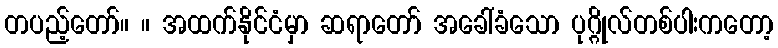
တပည့်တော်။ ။ အထက်နိုင်ငံမှာ ဆရာတော် အခေါ်ခံသော ပုဂ္ဂိုလ်တစ်ပါးကတော့